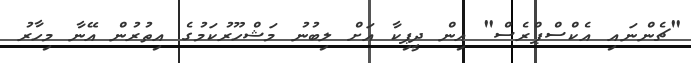
"ޗެންނައި އެކްސްޕްރެސް" އިން ދީޕިކާ އަށް ލިބުނު މަޝްހޫރުކަމުގެ އިތުރުން އޭނާ މިހާރު